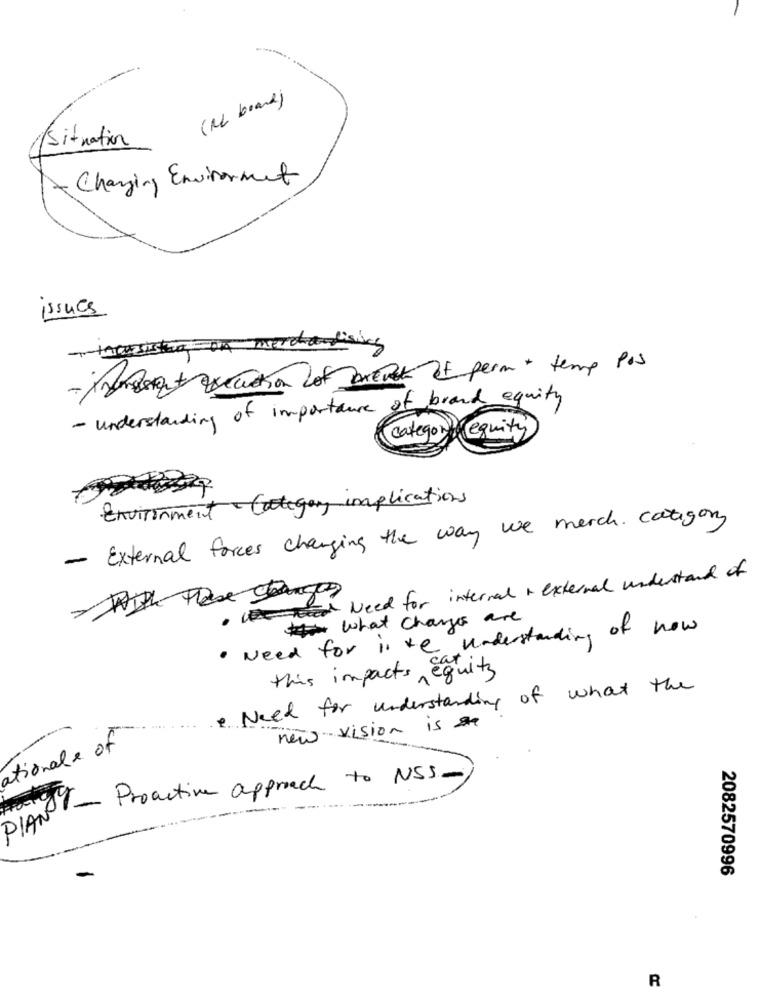
(RC brand)
Situation
Changing Environment
issues
- immergut reaction lot arenot of perm + temp Pos
- understanding of importance of brand equity
categon equity
Environment - Category implications
- External forces changing the way we merch. category
Toward Need for internal & external understand of
what changes are
· Need for is the understanding of now
this impacts equity
Need for understanding of what the
new vision is &
ationale of
DIAN - Proactive approach to NSS-
2082570996
R